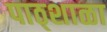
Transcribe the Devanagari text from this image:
पाठ्शाळा